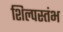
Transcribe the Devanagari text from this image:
शिल्पस्तंभ